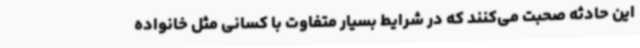
این حادثه صحبت می‌کنند که در شرایط بسیار متفاوت با کسانی مثل خانواده